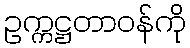
ဥက္ကဋ္ဌတာဝန်ကို